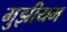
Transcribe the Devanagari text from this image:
मुझीयम